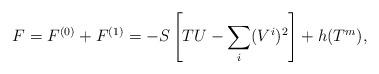
LaTeX: \begin{align*}F=F^{(0)}+F^{(1)}=-S\left[TU-\sum_i(V^i)^2\right]+h(T^m),\end{align*}